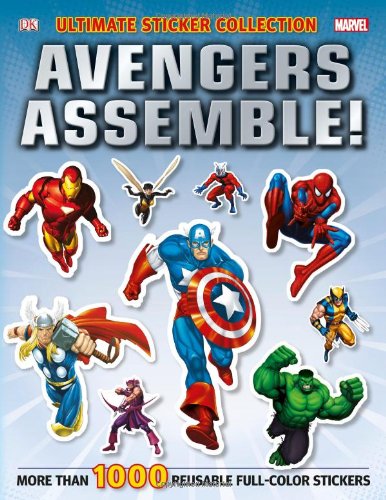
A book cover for Ultimate Sticker Collection: Marvel Avengers: Avengers Assemble! (Ultimate Sticker Collections); DK Publishing; Children's Books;